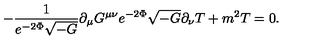
- \frac { 1 } { e ^ { - 2 \Phi } \sqrt { - G } } \partial _ { \mu } G ^ { \mu \nu } e ^ { - 2 \Phi } \sqrt { - G } \partial _ { \nu } T + m ^ { 2 } T = 0 .